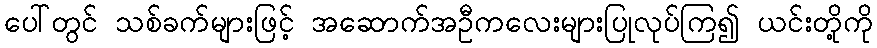
ပေါ်တွင် သစ်ခက်များဖြင့် အဆောက်အဦကလေးများပြုလုပ်ကြ၍ ယင်းတို့ကို